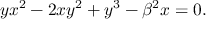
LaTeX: y x ^ { 2 } - 2 x y ^ { 2 } + y ^ { 3 } - \beta ^ { 2 } x = 0 .